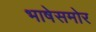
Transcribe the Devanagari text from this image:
भाषेसमोर